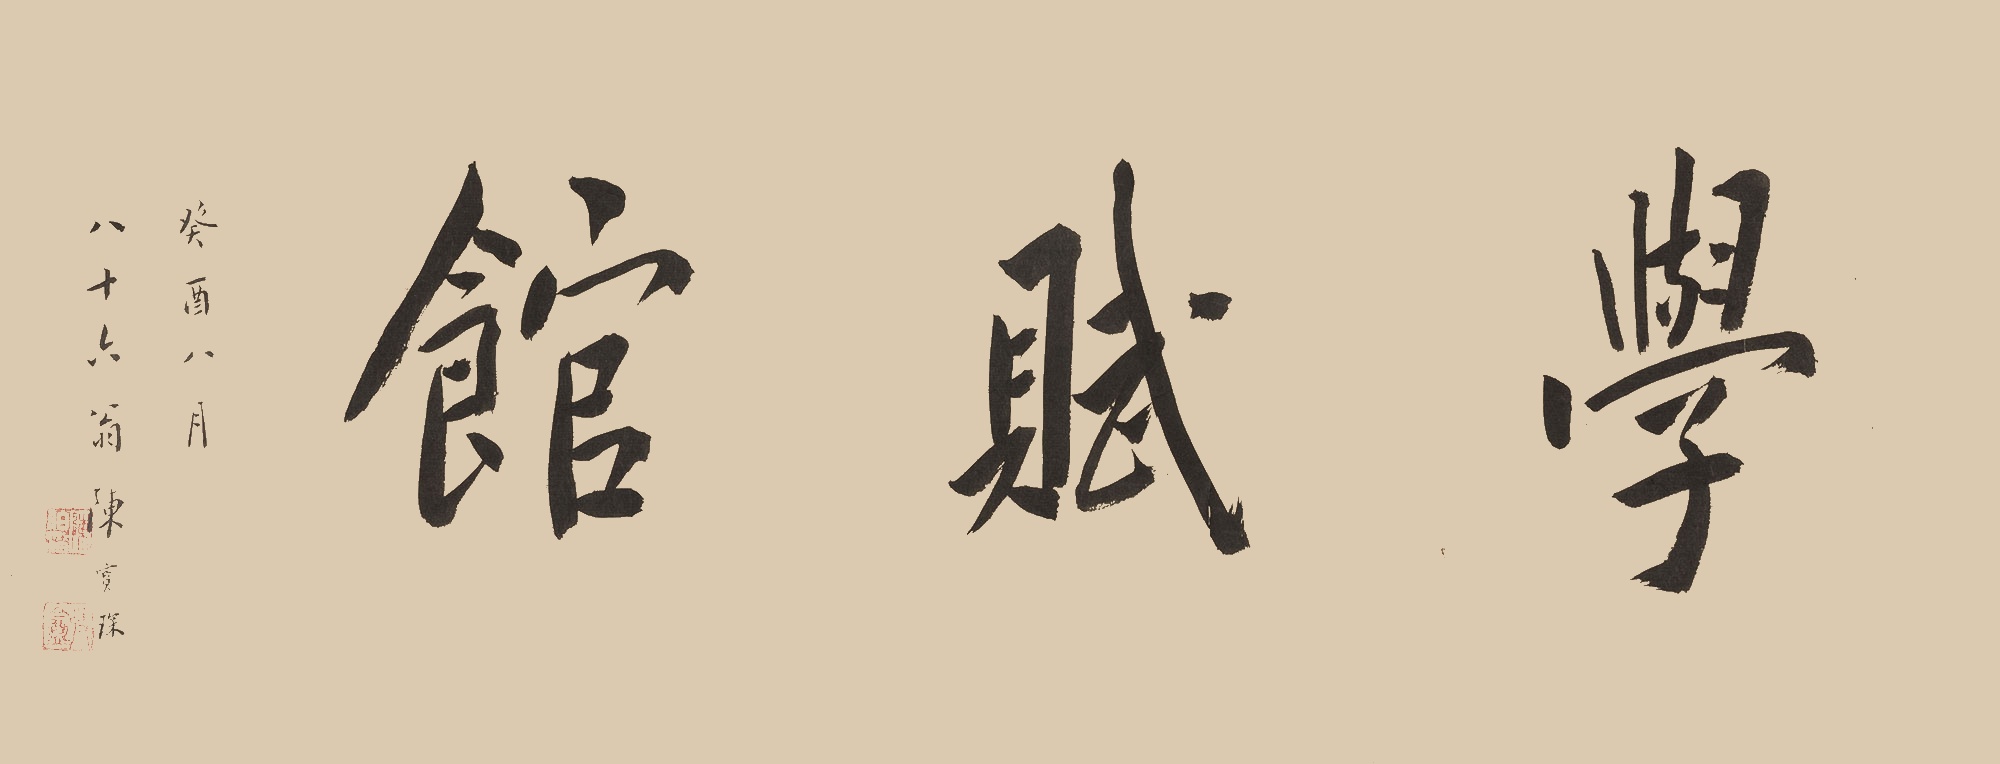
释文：学赋馆癸酉八月，八十六翁陈宝琛。